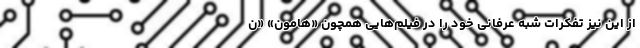
از این نیز تفکرات شبه عرفانی خود را در فیلم‌هایی همچون «هامون» «ن